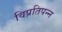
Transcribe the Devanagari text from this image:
विप्रतिपन्न